Resolution. No. 1369 Ex.
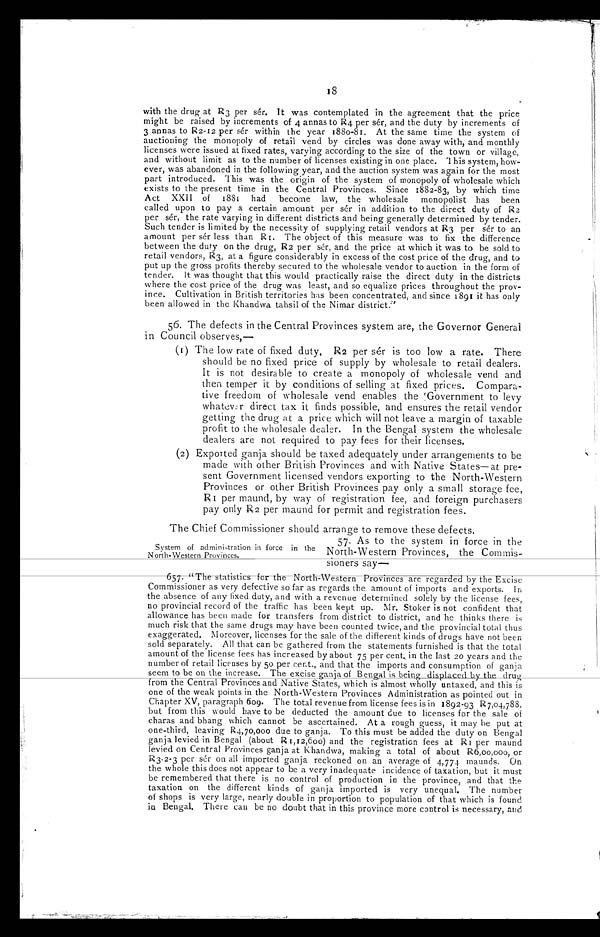
18
with the drug at R3 per sér. It was contemplated in the agreement that the price
might be raised by increments of 4 annas to R4 per sér, and the duty by increments of
3 annas to R 2-12 per sér within the year 1880-81. At the same time the system of
auctioning the monopoly of retail vend by circles was done away with, and monthly
licenses were issued at fixed rates, varying according to the size of the town or village,
and without limit as to the number of licenses existing in one place. This system, how-
ever, was abandoned in the following year, and the auction system was again for the most
part introduced. This was the origin of the system of monopoly of wholesale which
exists to the present time in the Central Provinces. Since 1882-83, by which time
Act XXI I of 1881 had become law, the wholesale monopolist has been
called upon to pay a certain amount per sér in addition to the direct duty of R2
per sér, the rate varying in different districts and being generally determined by tender.
Such tender is limited by the necessity of supplying retail vendors at R3 per sér to an
amount per sér less than R1. The object of this measure was to fix the difference
between the duty on the drug, R2 per sér, and the price at which it was to be sold to
retail vendors, R3, at a figure considerably in excess of the cost price of the drug, and to
put up the gross profits thereby secured to the wholesale vendor to auction in the form of
tender. It was thought that this would practically raise the direct duty in the districts
where the cost price of the drug was least, and so equalize prices throughout the prov-
ince. Cultivation in British territories has been concentrated, and since 1891 it has only
been allowed in the Khandwa tahsil of the Nimar district."
56. The defects in the Central Provinces system are, the Governor General
in Council observes,—
(1) The low rate of fixed duty, R2 per sér is too low a rate. There
should be no fixed price of supply by wholesale to retail dealers.
It is not desirable to create a monopoly of wholesale vend and
then temper it by conditions of selling at fixed prices. Compara-
tive freedom of wholesale vend enables the Government to levy
w h a t e v e r d i r e c t t a x i t f i n d s p o s s i b l e , a n d e n s u r e s t h e r e t a i l v e n d o r
getting the drug at a price which will not leave a margin of taxable
profit to the wholesale dealer. In the Bengal system the wholesale
dealers are not required to pay fees for their licenses.
(2) Exported ganja should be taxed adequately under arrangements to be
made with other British Provinces and with Native States—at pre-
sent Government licensed vendors exporting to the North-Western
Provinces or other British Provinces pay only a small storage fee,
R1 per maund, by way of registration fee, and foreign purchasers
pay only R2 per maund for permit and registration fees.
The Chief Commissioner should arrange to remove these defects.
57. As to the system in force in the
System of administration in force in the
North-Western Provinces, the Commis-
North-Western Provinces.
sioners say
—
657. "The statistics for North-Western Provinces are regarded by the Excise
Commissioner as very defective so far as regards the amount of imports and exports. In
the absence of any fixed duty, and with a revenue determined solely by the license fees,
no provincial record of the traffic has been kept up. Mr. Stoker is not confident that
allowance has been made for transfers from district to district, and he thinks there is
much risk that the same drugs may have been counted twice, and the provincial total thus
exaggerated. Moreover, licenses for the sale of the different kinds of drugs have not been
sold separately. All that can be gathered from the statements furnished is that the total
amount of the license fees has increased by about 75 per cent. in the last 20 years and the
number of retail licenses by 50 per cent., and that the imports and consumption of ganja
seem to be on the increase. The excise ganja of Ben gal is being displaced by the drug
from the Central Provinces and Native States, which is almost wholly untaxed, and this is
one of the weak points in the North-Western Provinces Administration as pointed out in
Chapter XV, paragraph 609. The total revenue from license fees is in 1892-93 R7,04,788,
but from this would have to be deducted the amount due to licenses for the sale of
charas and bhang which cannot be ascertained. At a rough guess, it may be put at
one-third, leaving R4,70,000 due to ganja, To this must be added the duty on Bengal
ganja levied in Bengal (about R1,12,600) and the registration fees at R1 per maund
levied on Central Provinces ganja at Khandwa, making a total of about R6,00,000, or
R3-2-3 per sér on all imported ganja reckoned on an average of 4,774 maunds. On
the whole this does not appear to be a very inadequate incidence of taxation, but it must
be remembered that there is no control of production in the province, and that the
taxation on the different kinds of ganja imported is very unequal. The number
of shops is very large, nearly double in proportion to population of that which is found
in Bengal. There can be no doubt that in this province more control is necessary, and